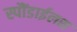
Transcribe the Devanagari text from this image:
स्पौंडाईलस